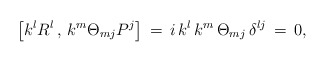
\begin{align*}\left[k^l R^l\,,\,k^m \Theta_{mj} P^j\right]\,=\,i\,k^l \,k^m \,\Theta_{mj}\,\delta^{lj}\,=\,0,\end{align*}